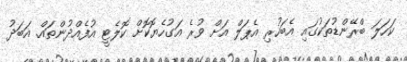
ކަހަލަ ބްރޭންޑުތަކުގައި އެބަހުރި އެޕަލް އަށް ވުރެ އަގުހެޔޮކޮށް ކޮލެޓީ އުފެއްދުންތައް. އަބަދު